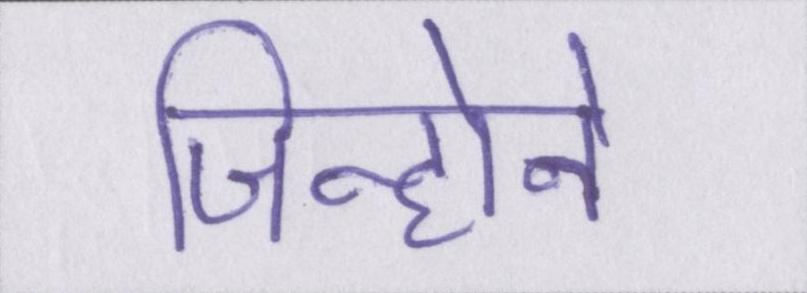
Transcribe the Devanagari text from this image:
जिन्होने